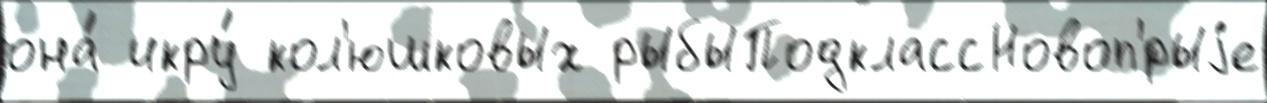
она́ икру́ кол'юшковых рыбыПодклассНовоп'́рыjе